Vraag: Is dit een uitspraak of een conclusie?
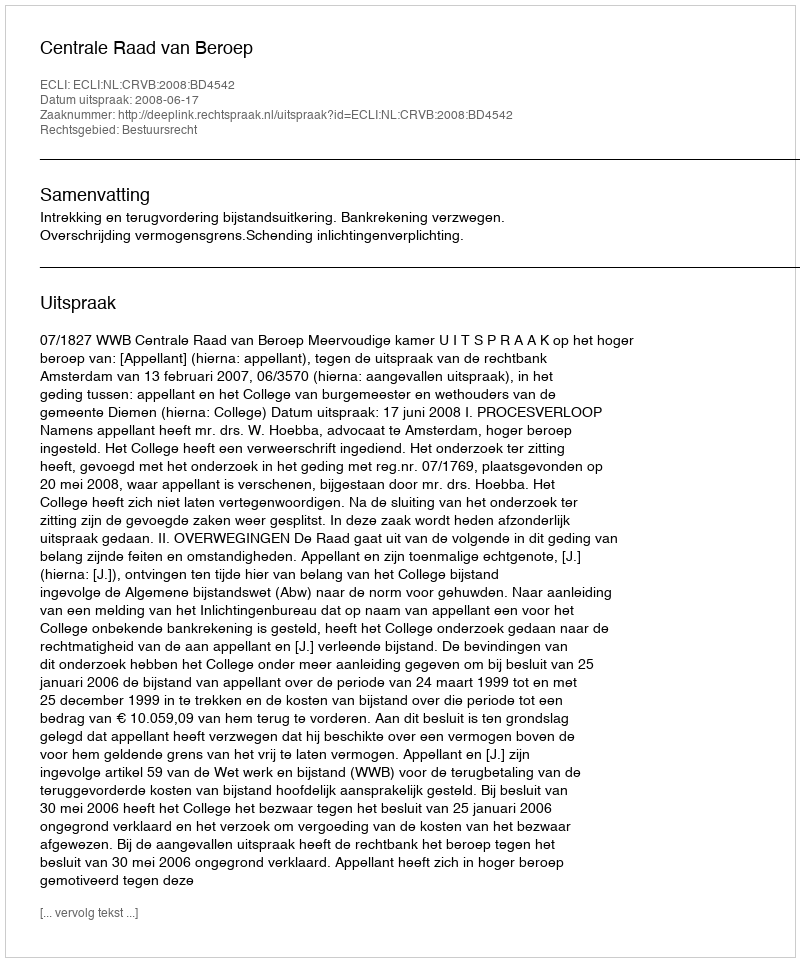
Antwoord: Uitspraak